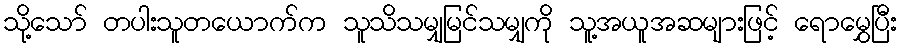
သို့သော် တပါးသူတယောက်က သူသိသမျှမြင်သမျှကို သူ့အယူအဆများဖြင့် ရောမွှေပြီး